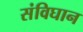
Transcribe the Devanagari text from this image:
संविघान